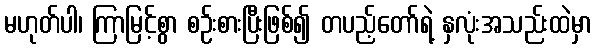
မဟုတ်ပါ၊ ကြာမြင့်စွာ စဉ်းစားပြီးဖြစ်၍ တပည့်တော်ရဲ့ နှလုံးအသည်းထဲမှာ